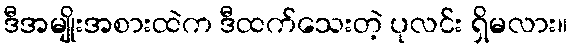
ဒီအမျိုးအစားထဲက ဒီထက်သေးတဲ့ ပုလင်း ရှိမလား။